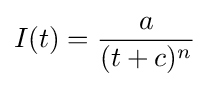
I(t)={\frac {a}{(t+c)^{n}}}